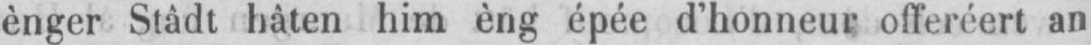
ènger Stâdt hâten him èng épée d’honneur offeréert an